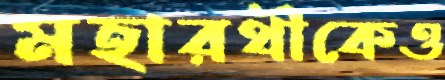
মহারথীকেও